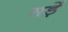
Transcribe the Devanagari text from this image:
सड़ें